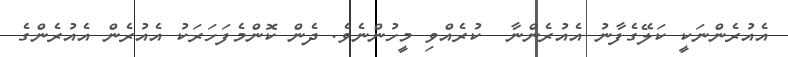
އެއުރެންނަކީ ކަލޭގެފާނު އެއުރެންނާ  ކުރެއްވި މީހުންނެވެ. ދެން ކޮންމެފަހަރަކު އެއުރެން އެއުރެންގެ